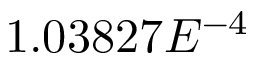
1 . 0 3 8 2 7 E ^ { - 4 }